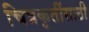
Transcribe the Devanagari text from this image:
चित्रकृतींसाठी